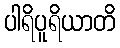
ပါရိပူရိယာတိ